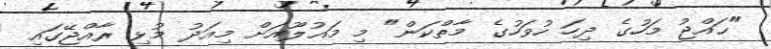
"ޙައްޖު މަހުގެ ދިހަ ހުވަހުގެ މާތްކަން" މި މައުލޫއަށް މިއަދު މުޅި ރާއްޖޭގައި